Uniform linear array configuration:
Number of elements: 64
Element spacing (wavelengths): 0.5
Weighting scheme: exponential
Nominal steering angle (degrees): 60
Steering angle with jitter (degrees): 61.837
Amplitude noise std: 0.05
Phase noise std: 0.05

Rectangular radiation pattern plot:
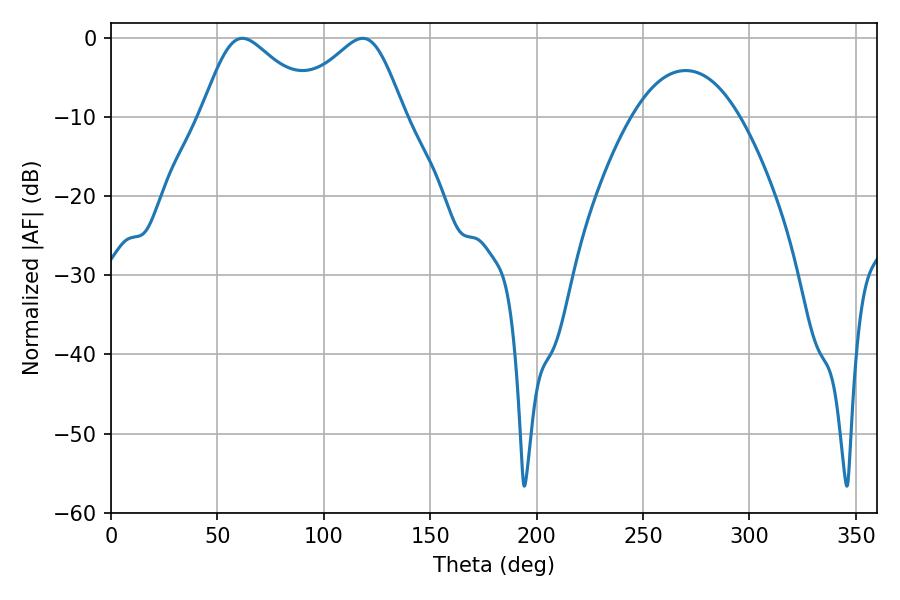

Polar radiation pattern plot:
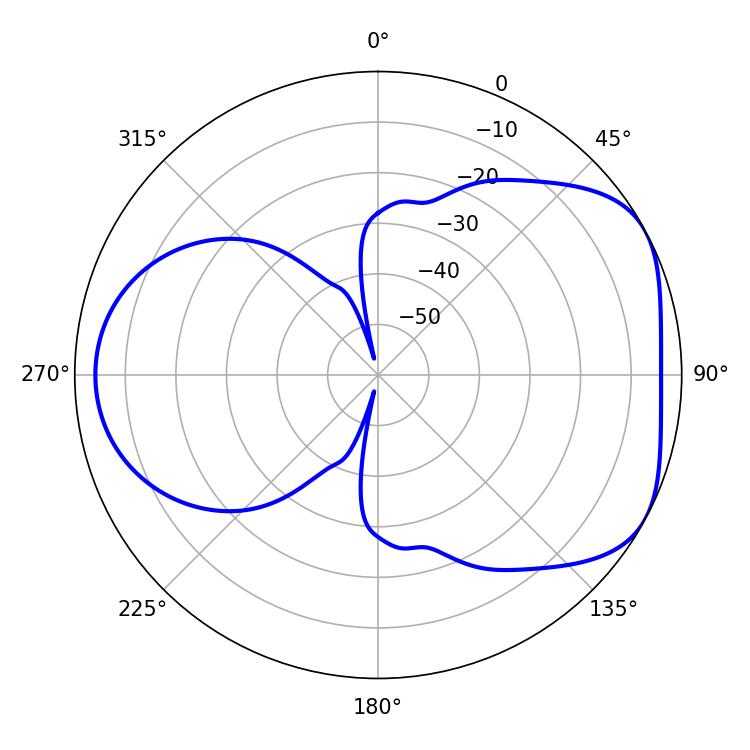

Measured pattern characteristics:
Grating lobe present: FALSE
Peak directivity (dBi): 4.803
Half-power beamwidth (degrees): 27.18
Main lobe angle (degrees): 61.74